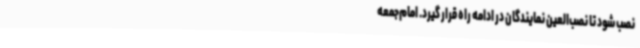
نصب شود تا نصب‌العین نمایندگان در ادامه راه قرار گیرد. امام‌جمعه